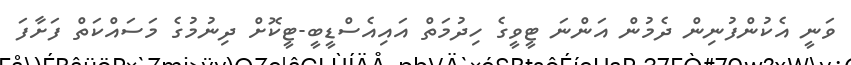
ވަނީ އެކުންފުނިން ދެމުން އަންނަ ޓީވީގެ ހިދުމަތް އައިއެސްޑީބީ-ޓީކޮށް ދިނުމުގެ މަސައްކަތް ފަށާފަ